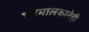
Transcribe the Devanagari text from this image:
घरमालकानेही